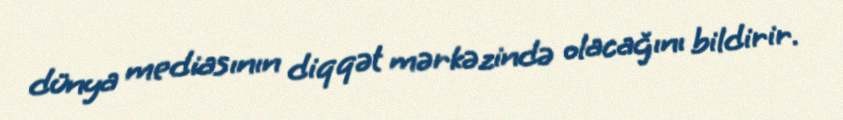
dünya mediasının diqqət mərkəzində olacağını bildirir.